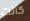
كانت